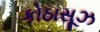
કોઠાસૂઝ